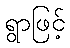
ရွာဖြင့်